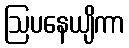
ဩပနေယျိကာ